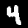
Label: 4